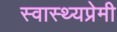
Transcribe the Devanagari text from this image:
स्वास्थ्यप्रेमी